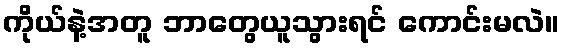
ကိုယ်နဲ့အတူ ဘာတွေယူသွားရင် ကောင်းမလဲ။